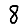
Digit: 8